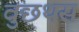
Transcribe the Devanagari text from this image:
वुछथस